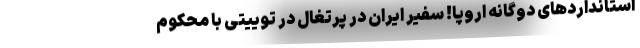
استانداردهای دوگانه اروپا! سفیر ایران در پرتغال در توییتی با محکوم